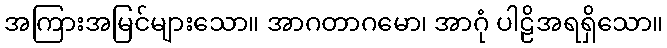
အကြားအမြင်များသော။ အာဂတာဂမော၊ အာဂုံ ပါဠိအရရှိသော။